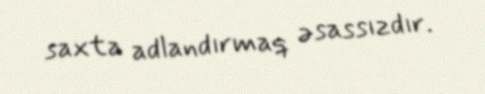
saxta adlandırmaq əsassızdır.